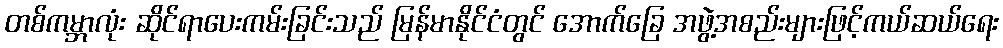
တစ်ကမ္ဘာလုံး ဆိုင်ရာပေးကမ်းခြင်းသည် မြန်မာနိုင်ငံတွင် အောက်ခြေ အဖွဲ့အစည်းများဖြင့်ကယ်ဆယ်ရေး